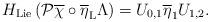
LaTeX: \begin{align*}H_{\mathrm{Lie}}\left( \mathcal{P}\overline{\chi }\circ \overline{\eta }_{\mathrm{L}}\Lambda \right) =U_{0,1}\overline{\eta }_{1}U_{1,2}.\end{align*}